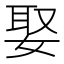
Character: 娶